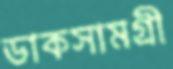
ডাকসামগ্রী